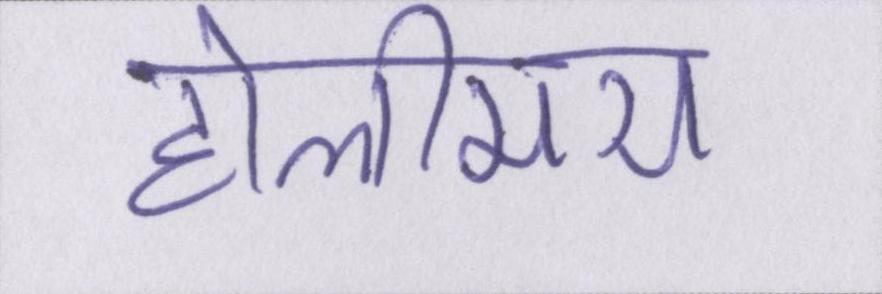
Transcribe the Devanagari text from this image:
होलीमय